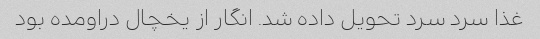
غذا سرد سرد تحویل داده شد. انگار از یخچال دراومده بود